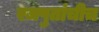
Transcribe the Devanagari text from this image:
रजपुतांचीच